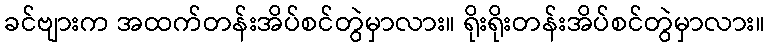
ခင်ဗျားက အထက်တန်းအိပ်စင်တွဲမှာလား။ ရိုးရိုးတန်းအိပ်စင်တွဲမှာလား။